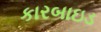
કારબાઇડ